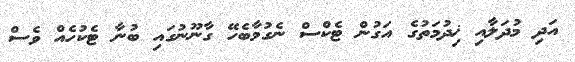
އަދި މުދަލާއި ޚިދުމަތުގެ އަގުން ޓެކްސް ނެގުމާބެހޭ ގާނޫނުގައި ބުނާ ޓެކުހެއް ވެސް